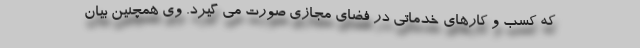
که کسب و کارهای خدماتی در فضای مجازی صورت می گیرد. وی همچنین بیان